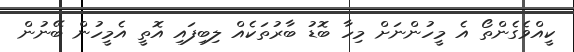
ކީއްވެގެންތޯ އެ މީހުންނަށް މިހާ ބޮޑު ބާރުތަކެއް ލިބިފައި އޮތީ އެމީހުން ބޭނުން